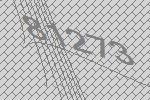
81273